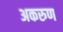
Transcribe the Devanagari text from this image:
अकरुण